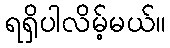
ရရှိပါလိမ့်မယ်။